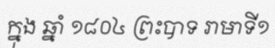
ក្នុង ឆ្នាំ ១៨០៤ ព្រះបាទ រាមាទី១